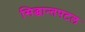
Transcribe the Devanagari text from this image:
सिद्धान्तपटल